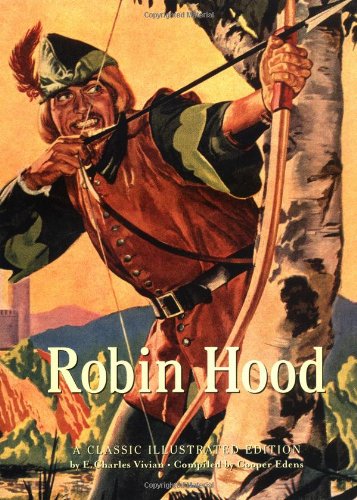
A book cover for Robin Hood: A Classic Illustrated Edition; E. Charles Vivian; Teen & Young Adult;